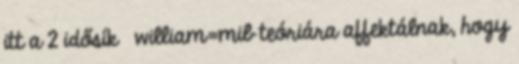
itt a 2 idősík william=mib teóriára affektálnak, hogy